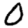
Digit: 0